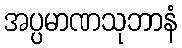
အပ္ပမာဏသုဘာနံ